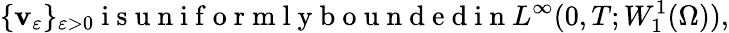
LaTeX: \{ \mathbf{v}_{\varepsilon}\} _{\varepsilon>0}\mathrm{{~i~s~u~n~i~f~o~r~m~l~y~b~o~u~n~d~e~d~i~n~}}L^{\infty}(0,T;W_{1}^{1}(\Omega)),